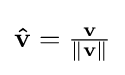
\textstyle \mathbf {\hat {v}} ={\frac {\mathbf {v} }{\Vert \mathbf {v} \Vert }}